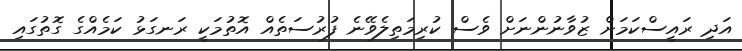
އަދި ރައީސްކަމަށް ޒުވާނުންނަށް ވެސް ކުރިމަތިލެވޭނެ ފުރުސަތެއް އޮތުމަކީ ރަނގަޅު ކަމެއްގެ ގޮތުގައި